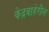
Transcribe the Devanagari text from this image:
केद्रबाहेरील